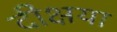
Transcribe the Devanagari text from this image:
दीक्षया